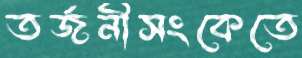
তর্জনীসংকেতে